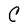
Character: C